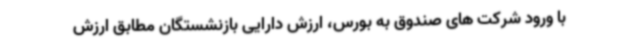
با ورود شرکت های صندوق به بورس، ارزش دارایی بازنشستگان مطابق ارزش